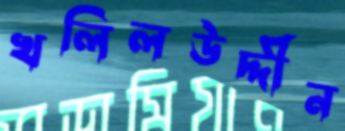
খলিলউদ্দীন